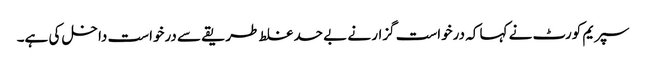
سپریم کورٹ نے کہا کہ درخواست گزار نے بے حد غلط طریقے سے درخواست داخل کی ہے۔